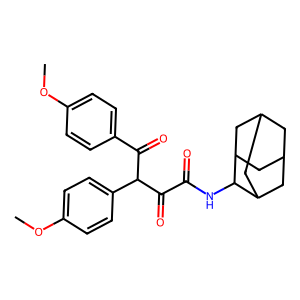
SMILES: COc1ccc(C(=O)C(C(=O)C(=O)NC2C3CC4CC(C3)CC2C4)c2ccc(OC)cc2)cc1
Inhibits HIV replication: No